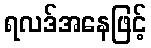
ရလဒ်အနေဖြင့်